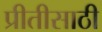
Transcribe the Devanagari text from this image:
प्रीतीसाठी